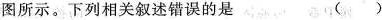
图所示。下列相关叙述错误的是 ( )